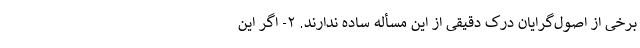
برخی از اصول‌گرایان درک دقیقی از این مسأله ساده ندارند. ۲- اگر این